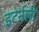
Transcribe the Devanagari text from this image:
इटर्नली